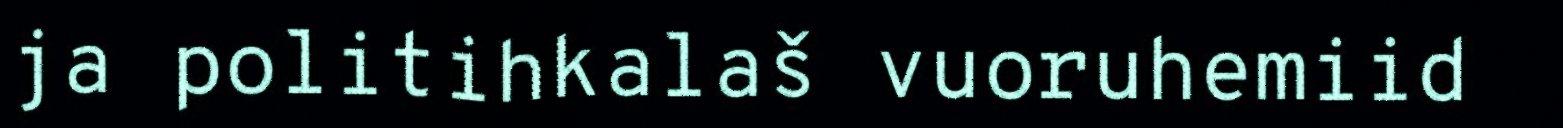
ja politihkalaš vuoruhemiid